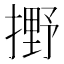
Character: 𫽼